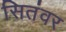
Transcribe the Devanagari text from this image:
सितंवर